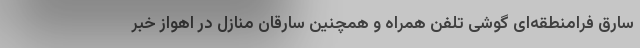
سارق فرامنطقه‌ای گوشی تلفن همراه و همچنین سارقان منازل در اهواز خبر